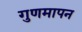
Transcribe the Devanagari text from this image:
गुणमापन